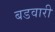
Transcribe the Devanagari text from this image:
बडवारी